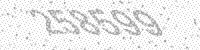
Solution: 258599